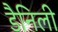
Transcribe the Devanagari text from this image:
डैनिली